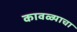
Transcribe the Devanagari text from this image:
कावळ्याचा